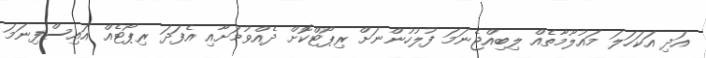
އަދި އަކަހަލަ މައުލޫމާތެއް ލިބިއްޖެނަމަ ފުލުހުންނަށް ރިޕޯޓްކޮށް ދެއްވުމަށާއި އެފަދަ ރިޕޯޓެއް އައިސްފިނަމަ